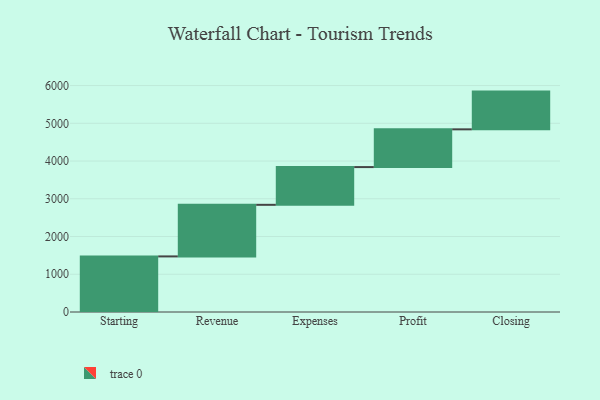
{"axis": {"x": "Step", "y": "Value"}, "legend": [""], "data": [{"x": "Starting", "y": 1473.0, "type": ""}, {"x": "Revenue", "y": 1367.0, "type": ""}, {"x": "Expenses", "y": 1000, "type": ""}, {"x": "Profit", "y": 1000, "type": ""}, {"x": "Closing", "y": 1000, "type": ""}]}